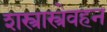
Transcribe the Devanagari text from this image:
शस्त्रास्त्रेवहन